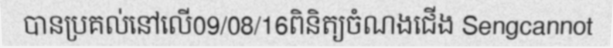
បានប្រគល់នៅលើ09/08/16ពិនិត្យចំណងជើង Sengcannot